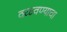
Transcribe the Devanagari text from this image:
वळवण्याचा